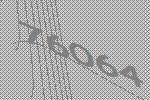
76064